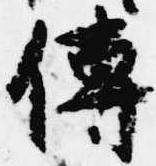
伝